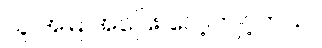
သူ အမြဲ အပြေး လေ့ကျင့်တယ်။